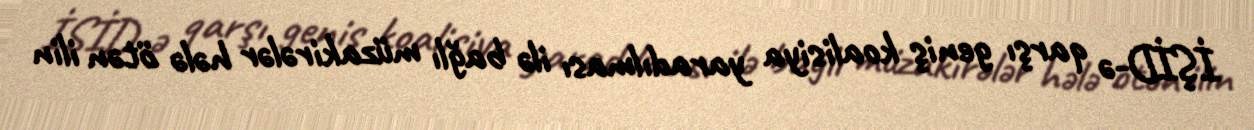
İŞİD-ə qarşı geniş koalisiya yaradılması ilə bağlı müzakirələr hələ ötən ilin